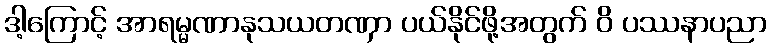
ဒါ့ကြောင့် အာရမ္မဏာနုသယတဏှာ ပယ်နိုင်ဖို့အတွက် ဝိ ပဿနာပညာ